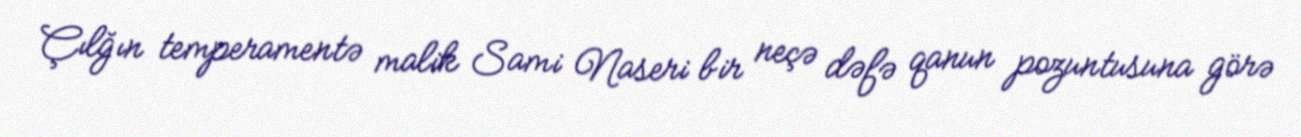
Çılğın temperamentə malik Sami Naseri bir neçə dəfə qanun pozuntusuna görə